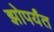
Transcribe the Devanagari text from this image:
झोपर्यंत